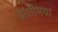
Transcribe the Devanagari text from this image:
वाशीमचा